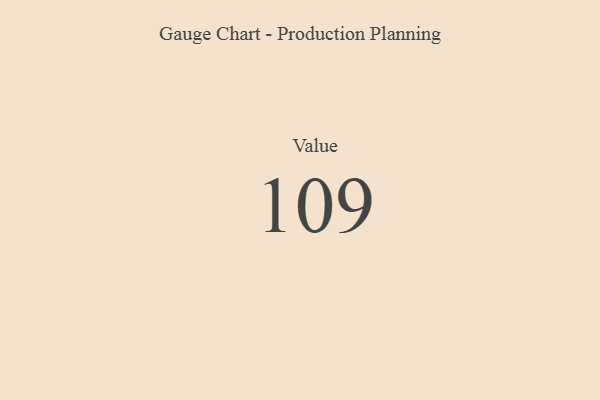
{"axis": {"x": "Metric", "y": "Value"}, "legend": [""], "data": [{"x": "Value", "y": 109, "type": ""}]}